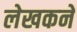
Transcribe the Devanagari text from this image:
लेखकने